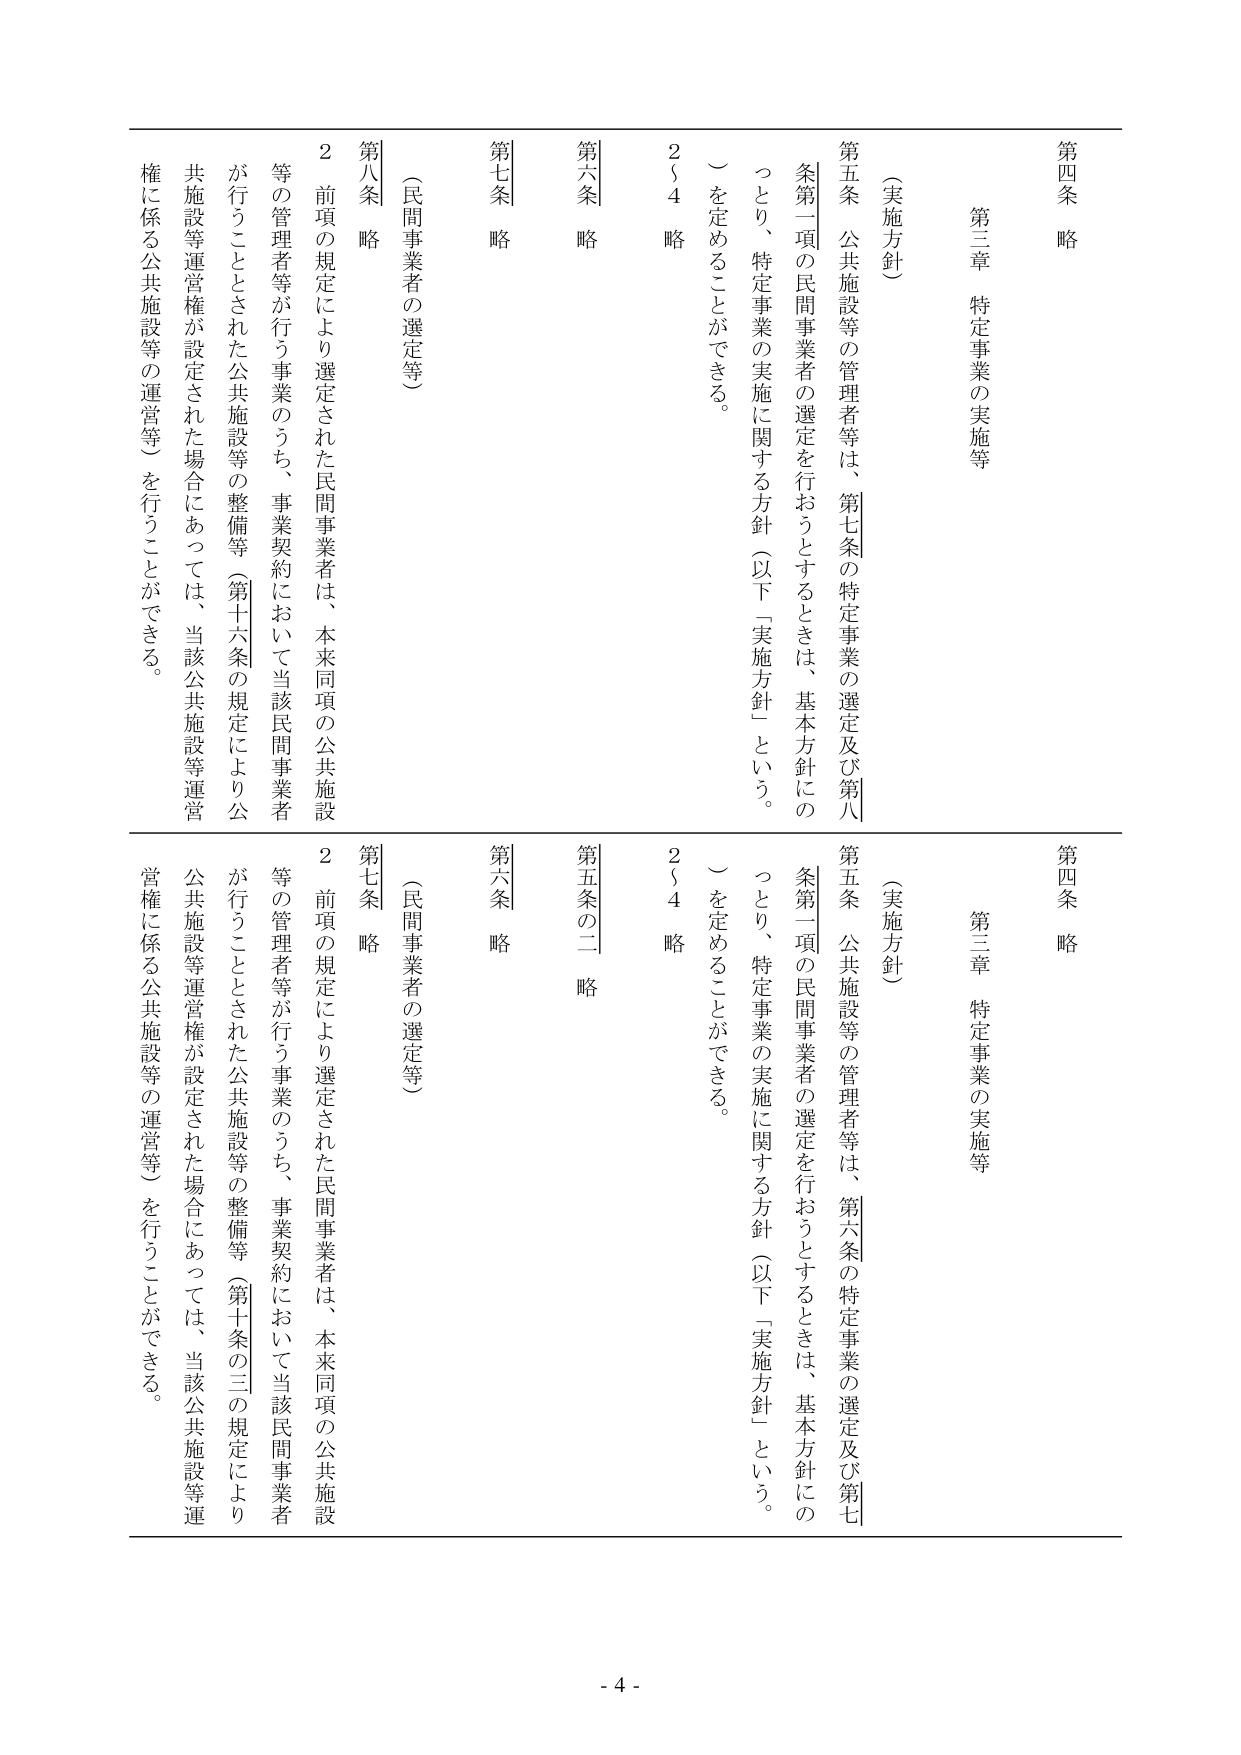
第四条 略
第三章 特定事業の実施等
（実施方針）
第五条 公共施設等の管理者等は、第七条の特定事業の選定及び第八条第一項の民間事業者の選定を行うときは、基本方針にのっとり、特定事業の実施に関する方針（以下「実施方針」という。）を定めることができる。
2～4 略
第六条 略
第七条 略
（民間事業者の選定等）
第八条 略
2 前項の規定により選定された民間事業者は、本来同項の公共施設等の管理者等が行う事業のうち、事業契約において当該民間事業者が行うこととされた公共施設等の整備等（第十六条の規定により公共施設等運営権が設定された場合にあっては、当該公共施設等運営権に係る公共施設等の運営等）を行うことができる。

第四条 略
第三章 特定事業の実施等
（実施方針）
第五条 公共施設等の管理者等は、第六条の特定事業の選定及び第七条第一項の民間事業者の選定を行うときは、基本方針にのっとり、特定事業の実施に関する方針（以下「実施方針」という。）を定めることができる。
2～4 略
第五条の二 略
第六条 略
（民間事業者の選定等）
第七条 略
2 前項の規定により選定された民間事業者は、本来同項の公共施設等の管理者等が行う事業のうち、事業契約において当該民間事業者が行うこととされた公共施設等の整備等（第十条の三の規定により公共施設等運営権が設定された場合にあっては、当該公共施設等運営権に係る公共施設等の運営等）を行うことができる。

- 4 -